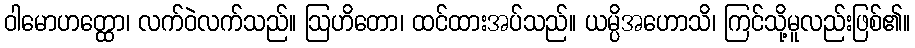
ဝါမောဟတ္ထော၊ လက်ဝဲလက်သည်။ ဩဟိတော၊ ထင်ထားအပ်သည်။ ယမ္ပိအဟောသိ၊ ကြင်သို့မူလည်းဖြစ်၏။